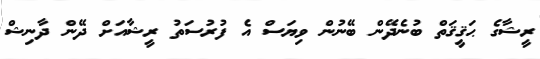
ރީޝާގެ ޙަޤީޤަތް ބުނެދޭން ބޭނުން ވިޔަސް އެ ފުރުސަތު ރީޝާއަށް ދޭން ދާނިޝް